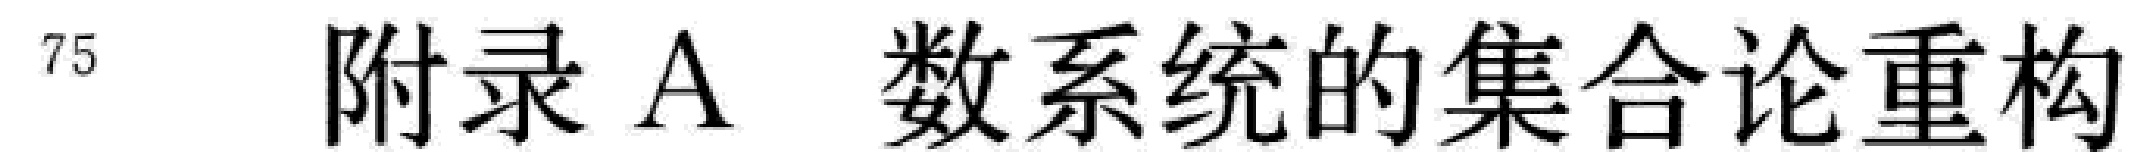
\documentclass{article}
\begin{document}
75 附录 A 数系统的集合论重构
\end{document}